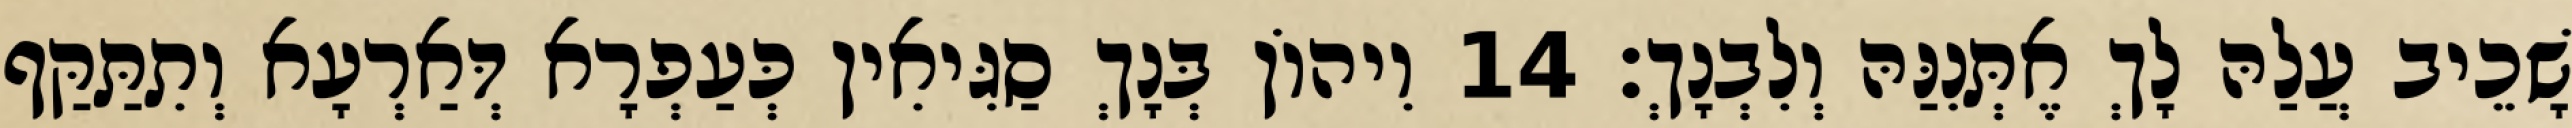
שָׁכֵיב עֲלַהּ לָךְ אֶתְּנִנַּהּ וְלִבְנָךְ׃ 14 וִיהוֹן בְּנָךְ סַגִּיאִין כְּעַפְרָא דְּאַרְעָא וְתִתַּקַּף